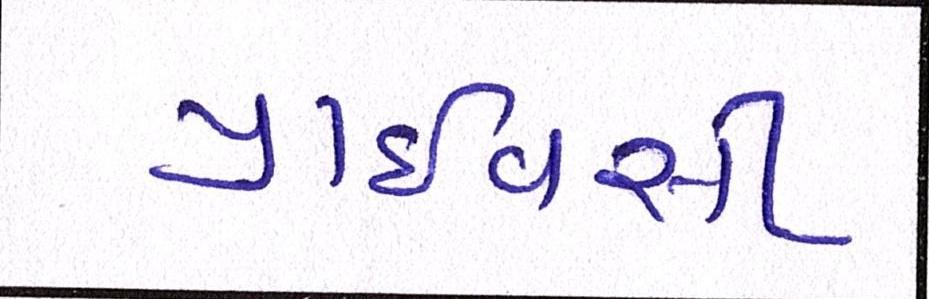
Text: પ્રાઈવસી